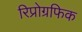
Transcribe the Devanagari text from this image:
रिप्रोग्रफिक